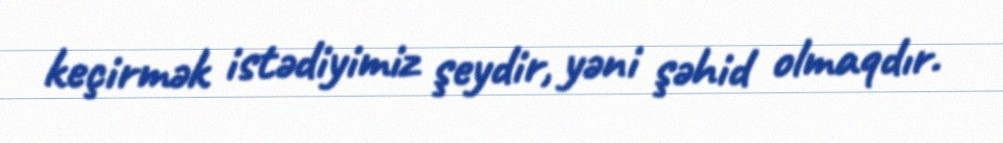
keçirmək istədiyimiz şeydir, yəni şəhid olmaqdır.